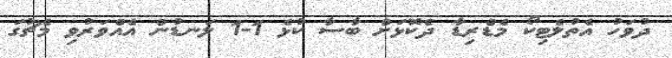
ދުވަހު އެތުލެޓިކޯ މެޑްރިޑާ ދެކޮޅަށް ބާސާ ކުޅެ 1-1 ލަނޑުން އެއްވަރުވި މެޗުގަ